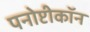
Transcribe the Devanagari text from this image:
पनोप्टीकॉन